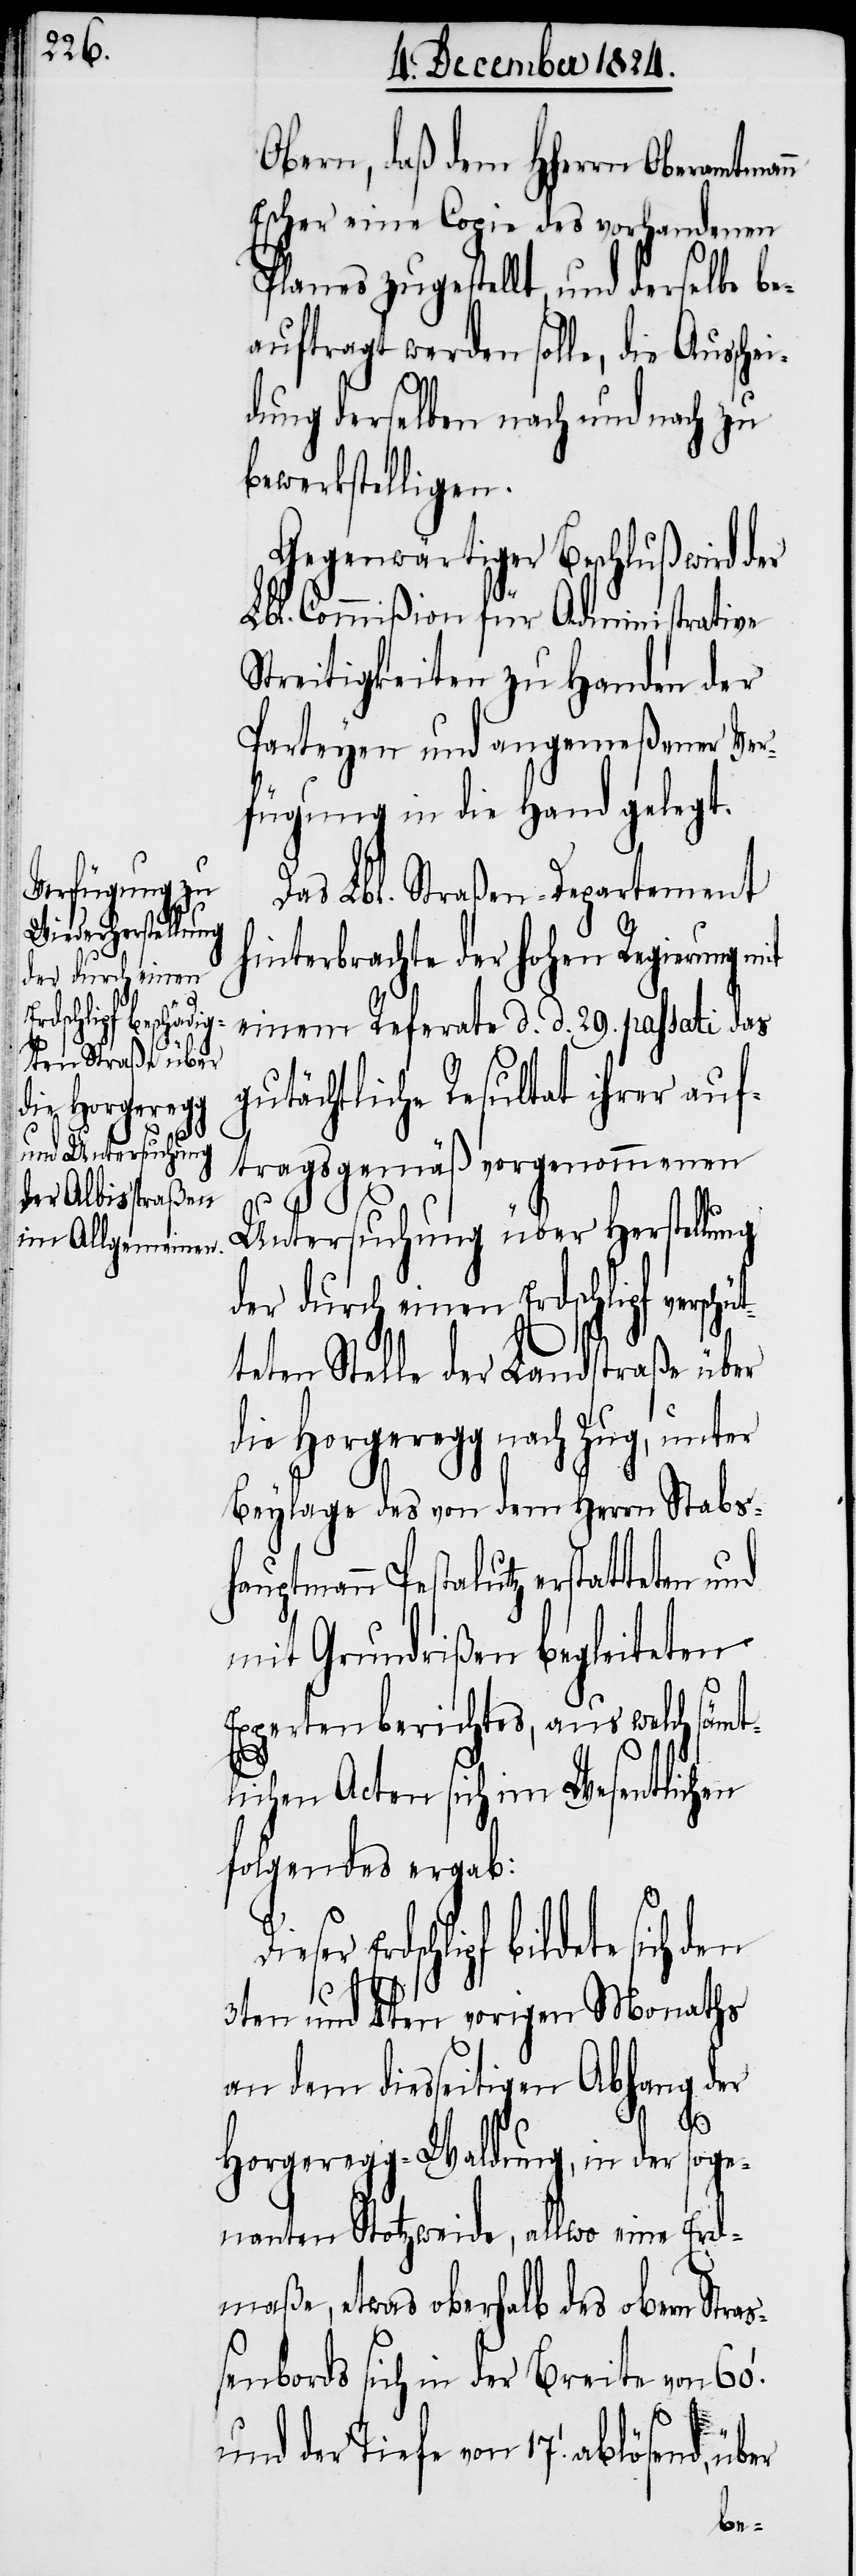
lösend, über

Obern, daß dem HHerrn Oberamtman¬
Escher eine Copie des vorhandenen
Planes zugestellt, und derselbe be¬
auftragt werden solle, die
dung derselben nach und nach zu
bewerkstelligen.
Gegenwärtiger Beschluß wird
Lbl. Commißion für Administrative
Streitigkeiten zu Handen der
Parteyen und angemeßener Ver¬
fügung in die Hand gelegt.
Das Lbl. Straßen-Departement
hinterbrachte der hohen Regierung mit
einem Referate d. d. 29. passati das
gutächtliche Resultat ihrer auf¬
tragsgemäß vorgenommenen
Untersuchung über Herstellung
der durch einen Erdschlipf versch¬
ütteten Stelle der Landstraße über
die Horgeregg nach Zug, unter
Beylage des von dem Herrn Stabsh¬
auptmann Pestalutz erstatteten
mit Grundrißen begleiteten
Expertenberichtes, aus welch sämt¬
n
lichen Acten sich im Wesentlichen
folgendes ergab:
Erdschlipf bildete sich
3ten und 4ten vorigen Monaths
an dem diesseitigen Abhang der
den
Horgeregg. Waldung, in der soge¬
nannten Stotzweide, allwo eine Erd¬
maße, etwas oberhalb des oben Stra¬
ßenbords sich in der Breite von 60.
und der Tiefe von 17. [Fuß] ab¬